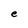
Character: e